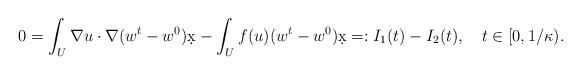
LaTeX: \begin{align*} 0=\int_U \nabla u\cdot \nabla (w^t-w^0)\d x-\int_{U}f(u)(w^t-w^0)\d x=:I_1(t)-I_2(t),\ \ \ t\in [ 0, 1/\kappa).\end{align*}